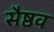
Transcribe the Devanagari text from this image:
सैष्ठव